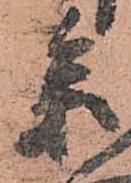
参